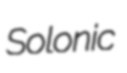
Solonic